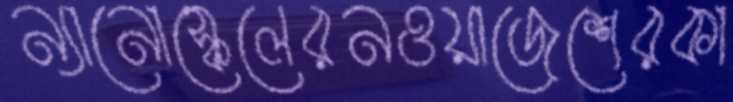
ন্যানোস্কেলেরনওয়াজেশেরকা